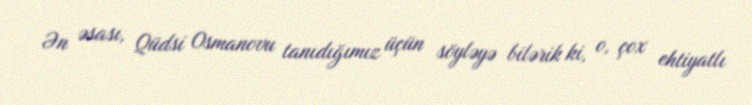
Ən əsası, Qüdsi Osmanovu tanıdığımız üçün söyləyə bilərik ki, o, çox ehtiyatlı